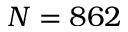
N = 8 6 2